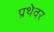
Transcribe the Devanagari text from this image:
प्रथेवर